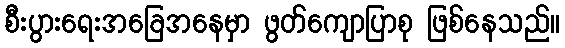
စီးပွားရေးအခြေအနေမှာ ဖွတ်ကျောပြာစု ဖြစ်နေသည်။